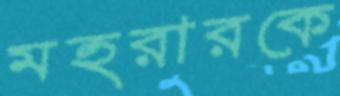
মহরারকে